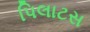
પિલાટસ